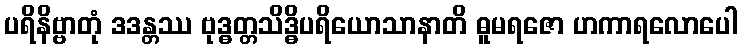
ပရိနိဗ္ဗာတုံ ဒဒန္တဿ ဗုဒ္ဓတ္တသိဒ္ဓိပရိယောသာနာတိ ဓူမရဇော ဟကာရလောပေါ